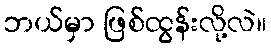
ဘယ်မှာ ဖြစ်ထွန်းလို့လဲ။